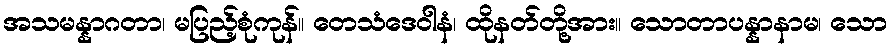
အသမန္နာဂတာ၊ မပြည့်စုံကုန်။ တေသံဒေဝါနံ၊ ထိုနတ်တို့အား။ သောတာပန္နာနာမ၊ သော